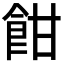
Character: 𩚵